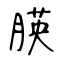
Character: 朠